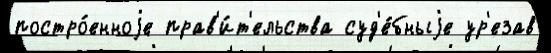
постро́енноjе прав'и́т'ельства суд'е́бныjе ур'езав